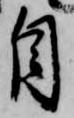
自